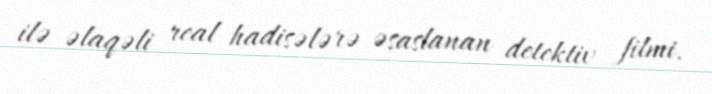
ilə əlaqəli real hadisələrə əsaslanan detektiv filmi.